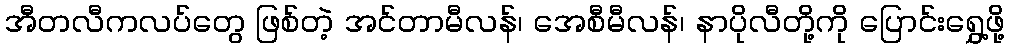
အီတလီကလပ်တွေ ဖြစ်တဲ့ အင်တာမီလန်၊ အေစီမီလန်၊ နာပိုလီတို့ကို ပြောင်းရွှေ့ဖို့